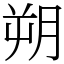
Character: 朔